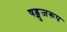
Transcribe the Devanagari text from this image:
षड्भुजरूप